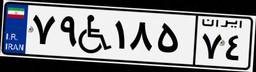
۵۷W۹۰۴۱۰